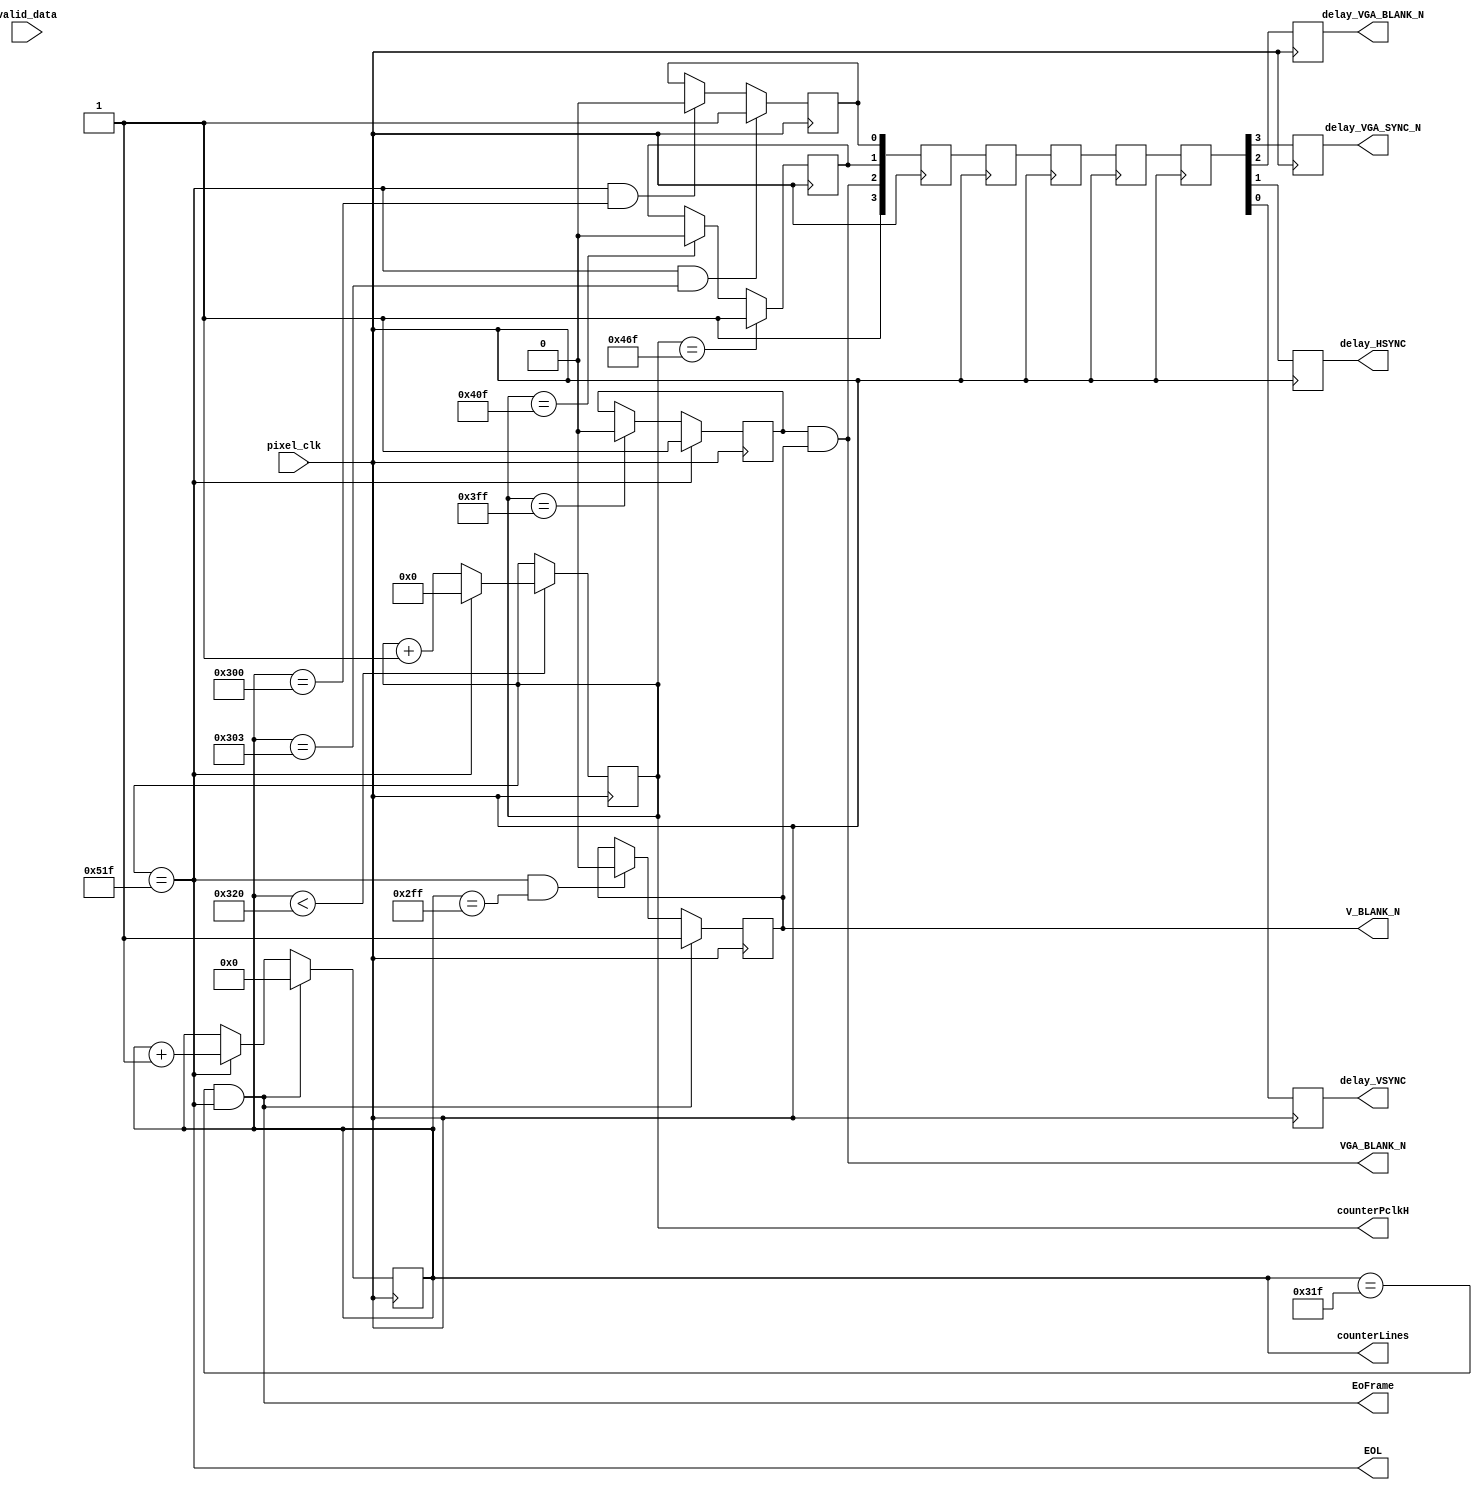
module VGA_signals (
    input pixel_clk,
    input valid_data,
    output reg delay_VGA_SYNC_N = 0,
    output reg delay_VGA_BLANK_N = 0,
    output reg delay_HSYNC = 0,
    output reg delay_VSYNC = 0,
    output reg [11:0]counterPclkH = 0,
    output reg [9:0]counterLines = 0,
    output wire EoFrame,
    output wire EOL,
    output wire VGA_BLANK_N,
    output reg V_BLANK_N = 1
    //output wire [7:0]RED,
    //output wire [7:0]GREEN,
    //output wire [7:0]BLUE
    );

    //reg [11:0]counterPclkH = 0;
    //reg [9:0]counterLines = 0;

    reg [3:0]control_sign1= 0;
    reg [3:0]control_sign2 = 0;
    reg [3:0]control_sign3 = 0;
    reg [3:0]control_sign4 = 0;
    reg [3:0]control_sign = 0;

    reg H_BLANK_N = 1;

    wire VGA_SYNC_N = 1;
    reg HSYNC = 1;
    reg VSYNC = 1;

    assign VGA_SYNC_N = 1;

    assign VGA_BLANK_N = H_BLANK_N & V_BLANK_N;

        //assign RED = {8{(VGA_BLANK_N & (counterLines == 0 | counterLines == 767 | counterPclkH == 0 | counterPclkH == 1023))}};
   //assign GREEN = {8{(VGA_BLANK_N & (counterLines == 0 | counterLines == 767 | counterPclkH == 0 | counterPclkH == 1023))}};
    //assign BLUE = {8{(VGA_BLANK_N & (counterLines == 0 | counterLines == 767 | counterPclkH == 0 | counterPclkH == 1023))}};

    assign EOL = (counterPclkH == 11'd1311);

    always @(posedge pixel_clk)
    begin
        if (counterLines < 10'd800)
        begin
            counterPclkH <= EOL ? 0 : counterPclkH + 1;
        end
        counterLines <= ((counterLines == 10'd799) & EOL) ? 0 : EOL ? counterLines + 1 : counterLines;
        


        control_sign1 <= {VGA_SYNC_N, VGA_BLANK_N, HSYNC, VSYNC};
        control_sign2 <= control_sign1;
        control_sign3 <= control_sign2;
        control_sign4 <= control_sign3;
        control_sign <= control_sign4;
        delay_VGA_SYNC_N <= control_sign[3];
        delay_VGA_BLANK_N <= control_sign[2];
        delay_HSYNC <= control_sign[1];
        delay_VSYNC <= control_sign[0];

        H_BLANK_N <= EOL ? 1 : (counterPclkH == 10'd1023) ? 0 : H_BLANK_N;
        V_BLANK_N <= EoFrame ? 1 : (EOL & (counterLines == 10'd767)) ? 0 : V_BLANK_N;

        HSYNC <= (counterPclkH == 11'd1135) ? 1 : (counterPclkH == 11'd1039) ? 0 : HSYNC;
        VSYNC <= (EOL & (counterLines == 10'd771)) ? 1 : (EOL & (counterLines == 10'd768)) ? 0 : VSYNC;
    end

    /*assign H_BLANK_N = (counterPclkH < 1024); 
    assign V_BLANK_N = (counterLines < 768);

    assign HSYNC = ~(counterPclkH >= 1040 & counterPclkH < 1136);
    assign VSYNC = ~(counterLines >= 769  & counterLines < 772);*/

    assign EoFrame = EOL & (counterLines == 10'd799);

endmodule